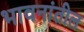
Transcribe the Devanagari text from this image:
भावनांतील